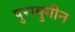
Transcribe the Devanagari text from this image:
पुरायुगीन